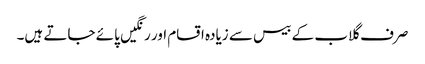
صرف گلاب کے بیس سے زیادہ اقسام اور رنگیں پائے جاتے ہیں۔